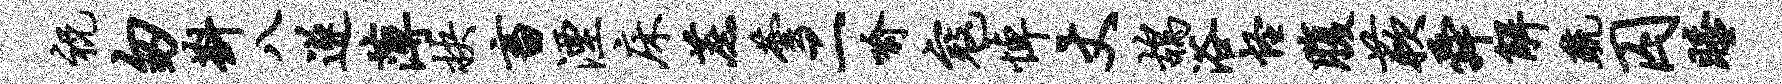
祝匆斟八遂薄抉畜湮床蔗芸二喻寇悼丈鸪浴怪腹蔌舜解疏囚睡